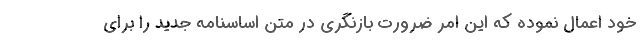
خود اعمال نموده که این امر ضرورت بازنگری در متن اساسنامه جدید را برای